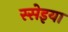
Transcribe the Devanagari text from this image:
स्सेइया